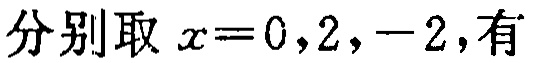
分别取 \(x = 0,2,-2\)，有